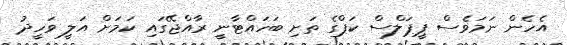
އެހެން ނަމަވެސް ޕީޕަލްސް ކަޕްގެ ތަށި ބަހައްޓާނީ ރާއްޖޭގައި ކަމަށް އަލީ ވަހީދު